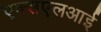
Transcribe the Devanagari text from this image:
एक्सएलआई